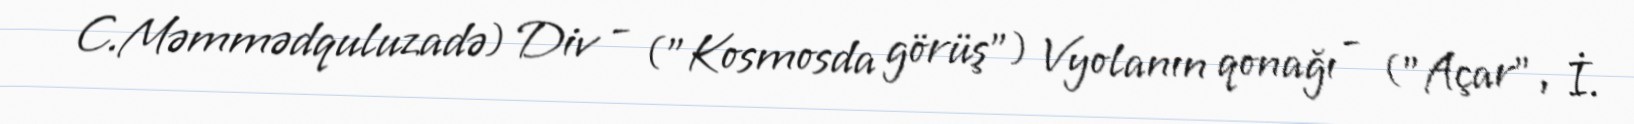
C.Məmmədquluzadə) Div - ("Kosmosda görüş") Vyolanın qonağı - ("Açar", İ.